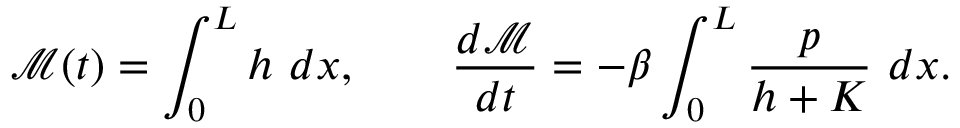
\mathcal { M } ( t ) = \int _ { 0 } ^ { L } h ~ d x , \qquad \frac { d \mathcal { M } } { d t } = - \beta \int _ { 0 } ^ { L } \frac { p } { h + K } ~ d x .